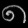
Digit: ၈